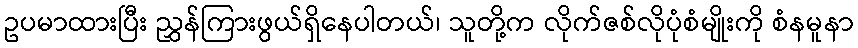
ဥပမာထားပြီး ညွှန်ကြားဖွယ်ရှိနေပါတယ်၊ သူတို့က လိုက်ဇစ်လိုပုံစံမျိုးကို စံနမူနာ